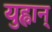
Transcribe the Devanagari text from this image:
युह्वान्